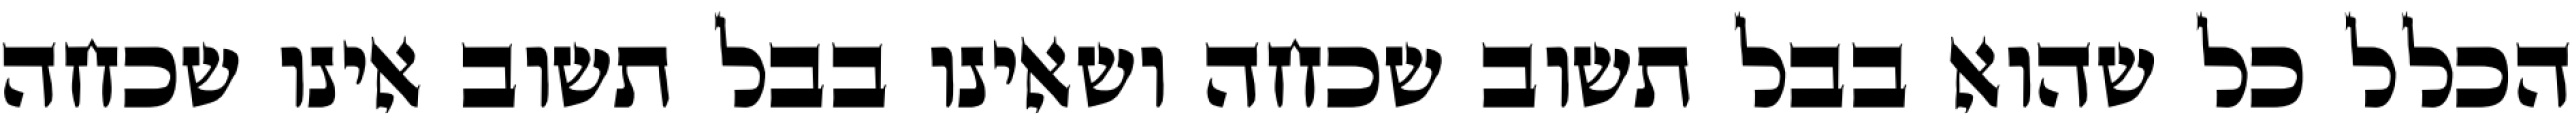
הכלל כל שהוא בבל תשוב שכחה ושאינו בבל תשוב אינו שכחה